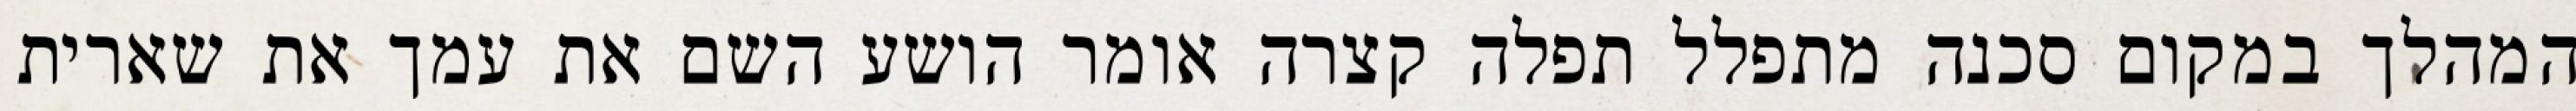
המהלך במקום סכנה מתפלל תפלה קצרה אומר הושע השם את עמך את שארית